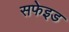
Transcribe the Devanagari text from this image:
सफेइड